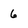
Character: 6